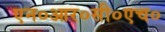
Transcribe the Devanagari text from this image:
एन०आर०सी०एच०